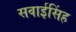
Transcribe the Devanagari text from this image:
सवाईसिंह